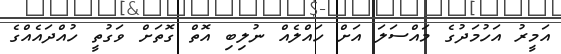
އަމީރު އަހުމަދުގެ މައްސަލަ އަށް ހައްލެއް ނުލިބި އޮތް ގޮތަށް ވަގުތީ ހުއްދައެއްގެ